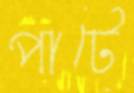
পার্টে